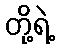
တို့ရဲ့